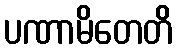
ပဏာမိတေတိ